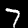
Label: 7